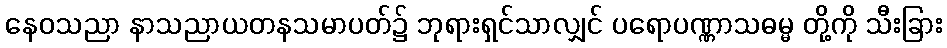
နေဝသညာ နာသညာယတနသမာပတ်၌ ဘုရားရှင်သာလျှင် ပရောပဏ္ဏာသဓမ္မ တို့ကို သီးခြား